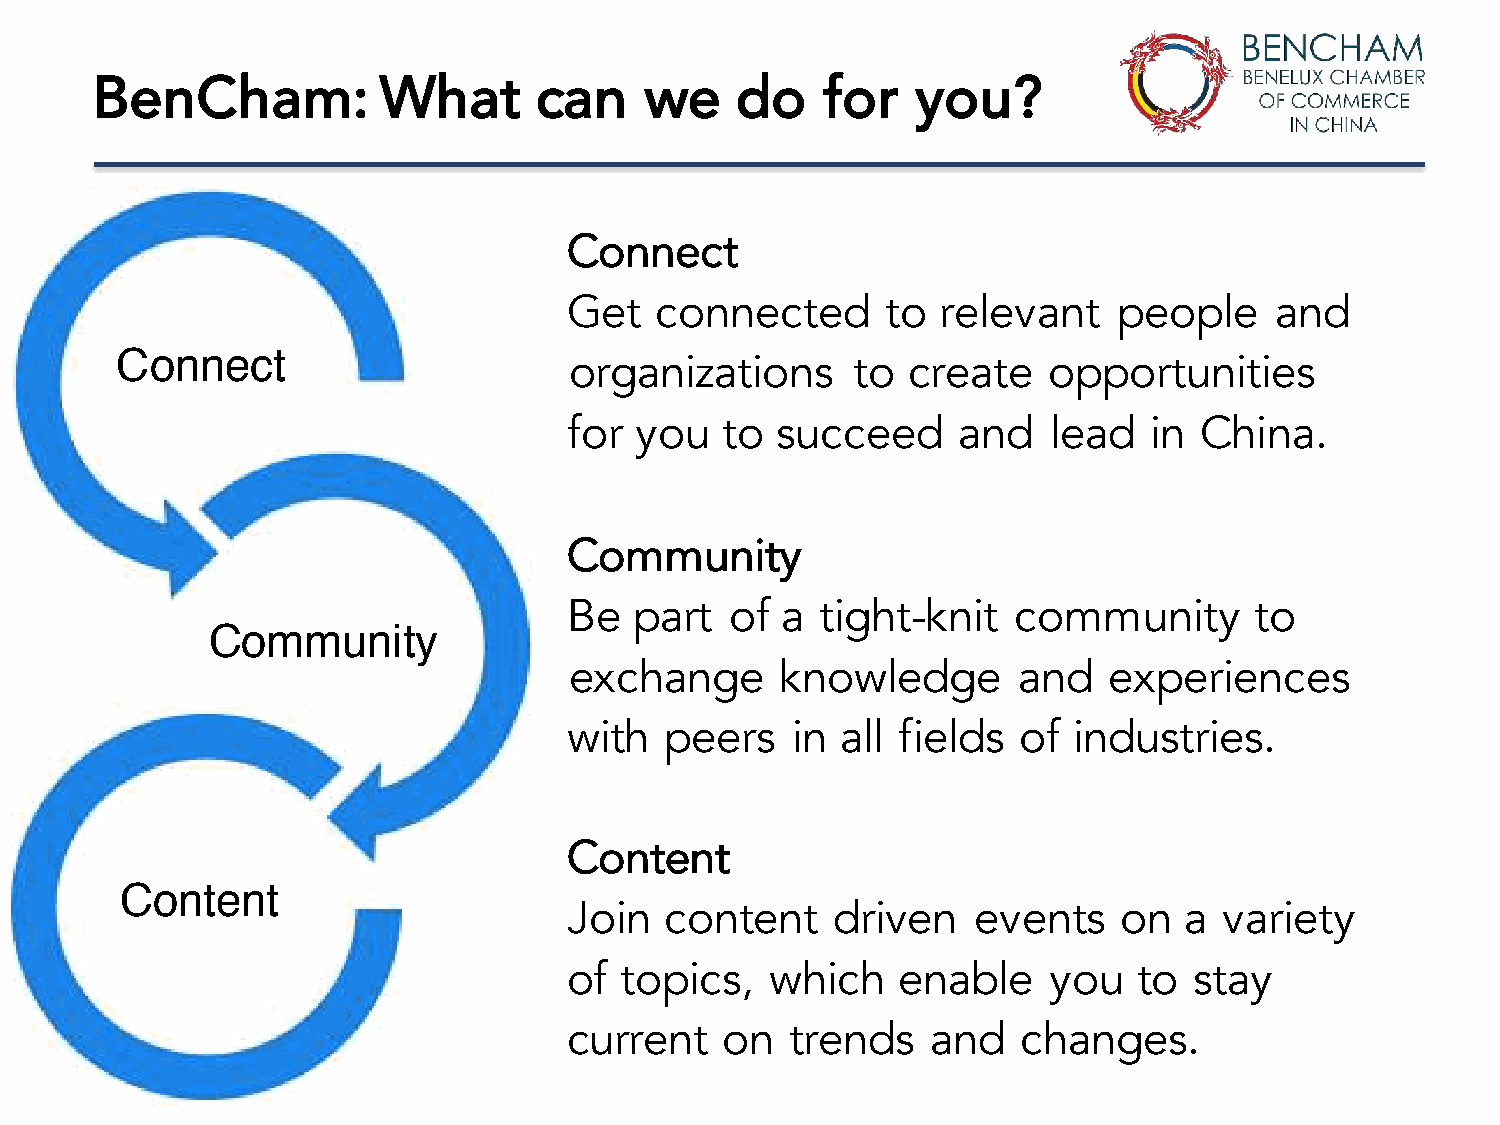
BenCham:           What      can     we    do    for   you?
 Connect
 Get  connected       to relevant    people    and
 Connect
 organizations      to create   opportunities
 for you   to succeed     and    lead  in China.
 Community
 Be  part  of  a tight-knit   community       to
 Community
 exchange      knowledge      and   experiences
 with  peers   in  all fields of  industries.
 Content
 Content
 Join  content    driven    events   on  a  variety
 of topics,   which   enable     you  to  stay
 current   on  trends    and   changes.